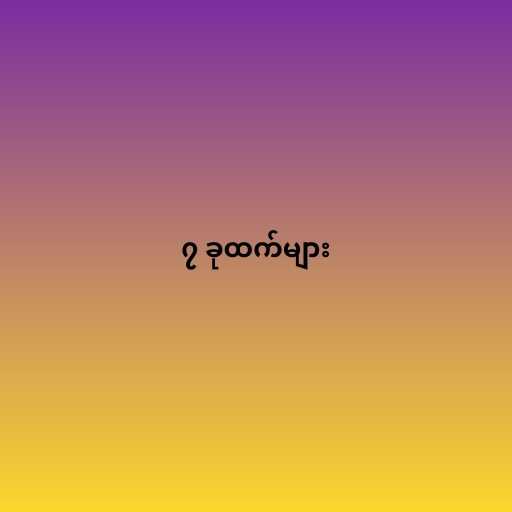
၇ ခုထက်များ